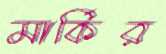
মার্কির